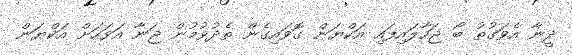
ދީނާ އެވަގުތު ބޯ ޖަހާލައިފައި އަކްޔަން ގޮވައިގެން ތެދުވުމުން ޖަނާ އަވަހަށް އަކްޔަން